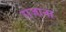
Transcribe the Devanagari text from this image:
राजाना